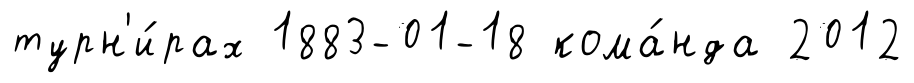
турн'и́рах 1883-01-18 кома́нда 2012